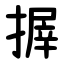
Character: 搱